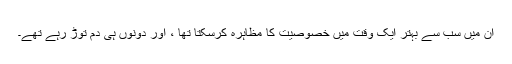
ان میں سب سے بہتر ایک وقت میں خصوصیت کا مظاہرہ کرسکتا تھا ، اور دونوں ہی دم توڑ رہے تھے۔